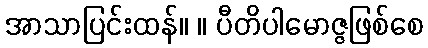
အာသာပြင်းထန်။ ။ ပီတိပါမောဇ္ဇဖြစ်စေ